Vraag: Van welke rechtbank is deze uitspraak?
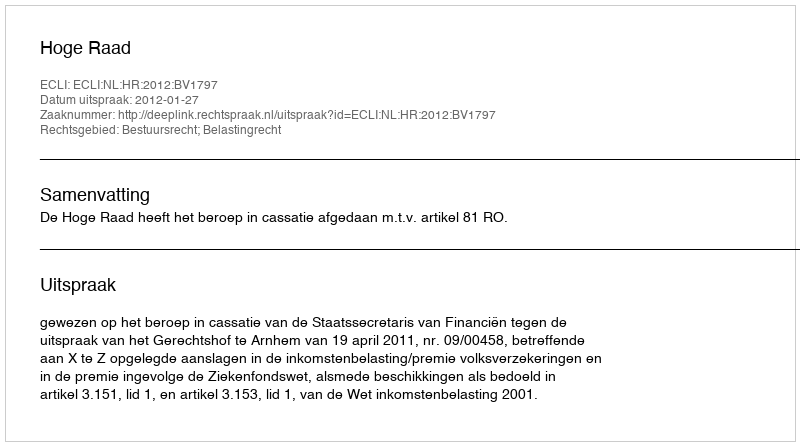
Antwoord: Hoge Raad